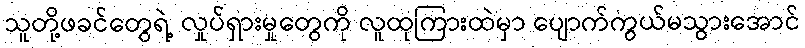
သူတို့ဖခင်တွေရဲ့ လှုပ်ရှားမှုတွေကို လူထုကြားထဲမှာ ပျောက်ကွယ်မသွားအောင်